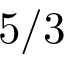
5 / 3